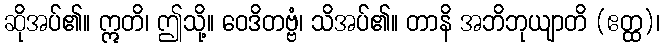
ဆိုအပ်၏။ ဣတိ၊ ဤသို့။ ဝေဒိတဗ္ဗံ၊ သိအပ်၏။ တာနိ အဘိဘုယျာတိ (ဧတ္ထ)၊